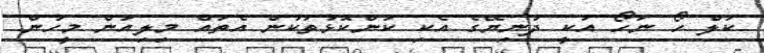
ކަލް ހޯ ނަހޯ އަކީ ދުނިޔޭގެ އެކި ކަންކޮޅުތަކުން އެތައް މިލިއަން މީހުން